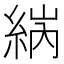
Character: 𦀼